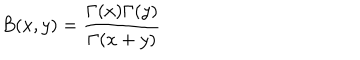
B ( x , y ) = { \frac { \Gamma ( x ) \Gamma ( y ) } { \Gamma ( x + y ) } }